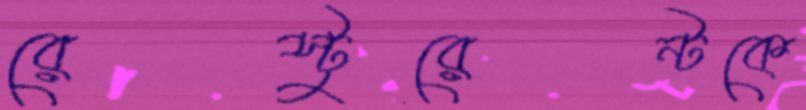
রেস্টুরেন্টকে